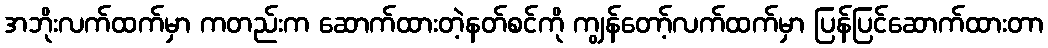
အဘိုးလက်ထက်မှာ ကတည်းက ဆောက်ထားတဲ့နတ်စင်ကို ကျွန်တော့်လက်ထက်မှာ ပြန်ပြင်ဆောက်ထားတာ